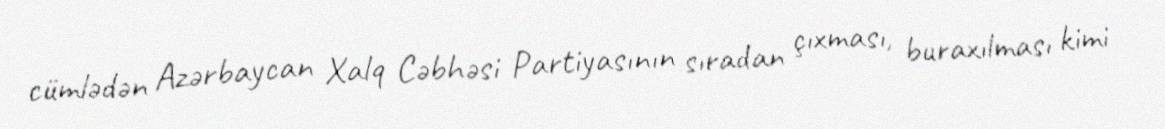
cümlədən Azərbaycan Xalq Cəbhəsi Partiyasının sıradan çıxması, buraxılması kimi